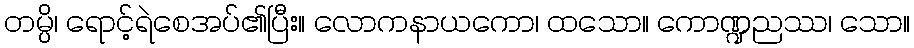
တမ္ပိ၊ ရောင့်ရဲစေအပ်၏ပြီး။ လောကနာယကော၊ ထသော။ ကောဏ္ဍညဿ၊ သော။